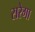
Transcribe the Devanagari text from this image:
सरेगा